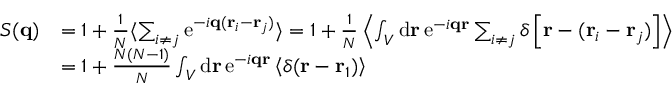
{ \begin{array} { r l } { S ( \mathbf { q } ) } & { = 1 + { \frac { 1 } { N } } \langle \sum _ { i \neq j } \mathrm { e } ^ { - i \mathbf { q } ( \mathbf { r } _ { i } - \mathbf { r } _ { j } ) } \rangle = 1 + { \frac { 1 } { N } } \left\langle \int _ { V } \mathrm { d } \mathbf { r } \, \mathrm { e } ^ { - i \mathbf { q } \mathbf { r } } \sum _ { i \neq j } \delta \left[ \mathbf { r } - ( \mathbf { r } _ { i } - \mathbf { r } _ { j } ) \right] \right\rangle } \\ & { = 1 + { \frac { N ( N - 1 ) } { N } } \int _ { V } \mathrm { d } \mathbf { r } \, \mathrm { e } ^ { - i \mathbf { q } \mathbf { r } } \left\langle \delta ( \mathbf { r } - \mathbf { r } _ { 1 } ) \right\rangle } \end{array} }